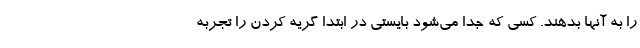
را به آنها بدهند. کسی که جدا می‌شود بایستی در ابتدا گریه کردن را تجربه